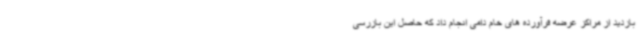
بازدید از مراکز عرضه فرآورده های خام دامی انجام داد که حاصل این بازرسی